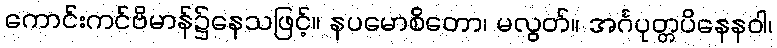
ကောင်းကင်ဗိမာန်၌နေသဖြင့်။ နပမောစိတော၊ မလွတ်။ အင်္ဂပုတ္တပိနေနဝါ၊